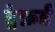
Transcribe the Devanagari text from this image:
ट्रेफ़र्ड